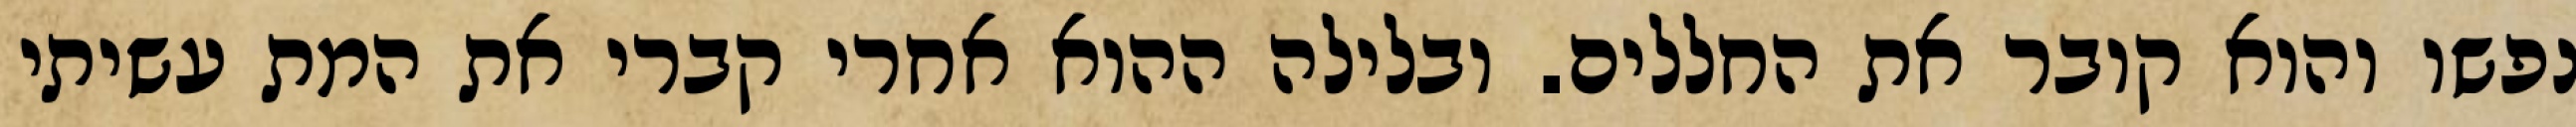
נפשו והוא קובר את החללים. ובלילה ההוא אחרי קברי את המת עשיתי